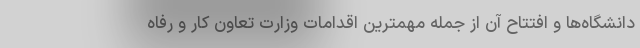
دانشگاه‌ها و افتتاح آن از جمله مهمترین اقدامات وزارت تعاون کار و رفاه